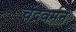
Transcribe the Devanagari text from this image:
चंद्रवर्मन